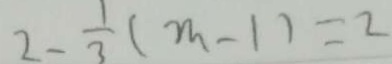
2 - \frac { 1 } { 3 } ( m - 1 ) = 2